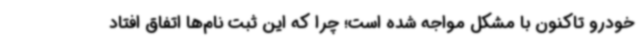
خودرو تاکنون با مشکل مواجه شده است؛ چرا که این ثبت نام‌ها اتفاق افتاد